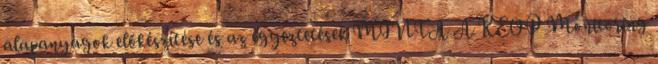
alapanyagok előkészítése és az egyeztetések MINTA A KEOP Monitoring